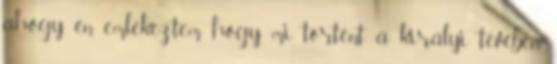
ahogy én emlékeztem hogy mi történt a királyi tévében